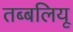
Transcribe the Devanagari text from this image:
तब्बलियू